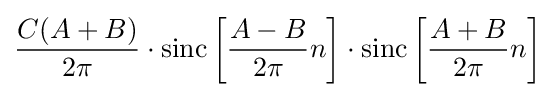
{\frac {C(A+B)}{2\pi }}\cdot \operatorname {sinc} \left[{\frac {A-B}{2\pi }}n\right]\cdot \operatorname {sinc} \left[{\frac {A+B}{2\pi }}n\right]